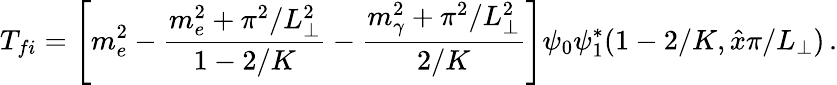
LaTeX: T_{fi}=\left[m_{e}^{2}-\frac{m_{e}^{2}+\pi^{2}/L_{\perp}^{2}}{1-2/K}-\frac{m_{\gamma}^{2}+\pi^{2}/L_{\perp}^{2}}{2/K}\right]\psi_{0}\psi_{1}^{*}(1-2/K,\hat{x}\pi/L_{\perp})\, .